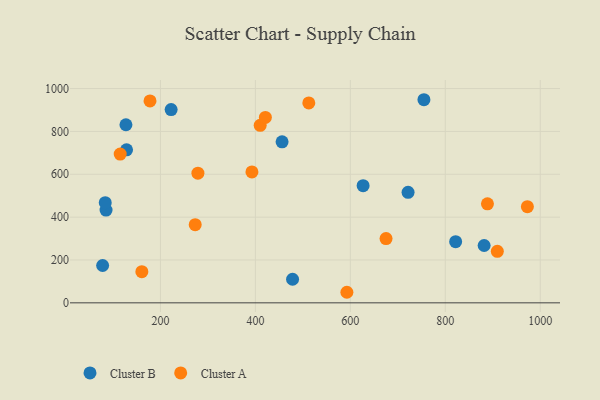
{"axis": {"x": "Speed", "y": "Demand"}, "legend": ["Cluster A", "Cluster B"], "data": [{"x": "755.0", "y": 947.9, "type": "Cluster B"}, {"x": "127.3", "y": 831.0, "type": "Cluster B"}, {"x": "881.8", "y": 267.5, "type": "Cluster B"}, {"x": "721.6", "y": 515.6, "type": "Cluster B"}, {"x": "821.8", "y": 285.6, "type": "Cluster B"}, {"x": "85.4", "y": 432.8, "type": "Cluster B"}, {"x": "128.6", "y": 714.1, "type": "Cluster B"}, {"x": "478.3", "y": 110.2, "type": "Cluster B"}, {"x": "78.2", "y": 174.3, "type": "Cluster B"}, {"x": "626.9", "y": 546.9, "type": "Cluster B"}, {"x": "456.2", "y": 751.2, "type": "Cluster B"}, {"x": "83.7", "y": 467.4, "type": "Cluster B"}, {"x": "222.5", "y": 901.9, "type": "Cluster B"}, {"x": "410.1", "y": 828.2, "type": "Cluster A"}, {"x": "972.9", "y": 448.7, "type": "Cluster A"}, {"x": "909.6", "y": 240.4, "type": "Cluster A"}, {"x": "592.7", "y": 49.3, "type": "Cluster A"}, {"x": "888.8", "y": 461.9, "type": "Cluster A"}, {"x": "512.5", "y": 932.9, "type": "Cluster A"}, {"x": "273.2", "y": 364.9, "type": "Cluster A"}, {"x": "115.2", "y": 694.2, "type": "Cluster A"}, {"x": "178.0", "y": 942.1, "type": "Cluster A"}, {"x": "278.9", "y": 605.0, "type": "Cluster A"}, {"x": "675.2", "y": 300.0, "type": "Cluster A"}, {"x": "160.8", "y": 145.6, "type": "Cluster A"}, {"x": "421.0", "y": 865.1, "type": "Cluster A"}, {"x": "392.7", "y": 610.9, "type": "Cluster A"}]}